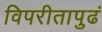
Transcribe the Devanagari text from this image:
विपरीतापुढं